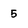
Character: 5